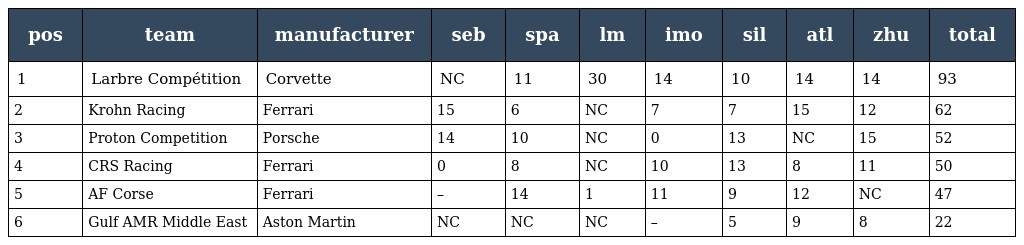
| pos | team | manufacturer | seb | spa | lm | imo | sil | atl | zhu | total |
 | --- | --- | --- | --- | --- | --- | --- | --- | --- | --- | --- |
 | 1 | Larbre Compétition | Corvette | NC | 11 | 30 | 14 | 10 | 14 | 14 | 93 |
 | 2 | Krohn Racing | Ferrari | 15 | 6 | NC | 7 | 7 | 15 | 12 | 62 |
 | 3 | Proton Competition | Porsche | 14 | 10 | NC | 0 | 13 | NC | 15 | 52 |
 | 4 | CRS Racing | Ferrari | 0 | 8 | NC | 10 | 13 | 8 | 11 | 50 |
 | 5 | AF Corse | Ferrari | – | 14 | 1 | 11 | 9 | 12 | NC | 47 |
 | 6 | Gulf AMR Middle East | Aston Martin | NC | NC | NC | – | 5 | 9 | 8 | 22 |